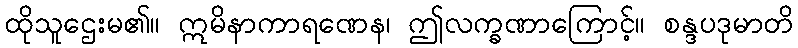
ထိုသူဌေးမ၏။ ဣမိနာကာရဏေန၊ ဤလက္ခဏာကြောင့်။ စန္ဒပဒုမာတိ